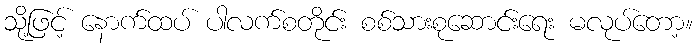
သို့ဖြင့် နောက်ထပ် ပါလက်စတိုင်း စစ်သားစုဆောင်းရေး မလုပ်တော့။